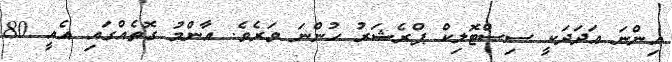
އިންނަ ޢަދަދަކީ ސިސްޓޮލިކް ޕްރެޝަރު ހުންނަ ވަރެވެ. އާންމު ގޮތެއްގައި އެއީ 80